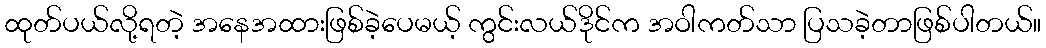
ထုတ်ပယ်လို့ရတဲ့ အနေအထားဖြစ်ခဲ့ပေမယ့် ကွင်းလယ်ဒိုင်က အဝါကတ်သာ ပြသခဲ့တာဖြစ်ပါတယ်။